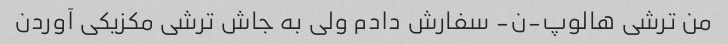
من ترشی هالوپ-ن- سفارش دادم ولی به جاش ترشی مکزیکی آوردن